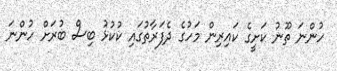
ހުންނަ ތޫނު ކަށީގެ ކައިރިން މަހުގެ ދެފަރާތުގައި ކުކުޅު ބިސް ބުރަށް ހުންނަ